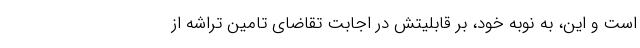
است و این، به نوبه خود، بر قابلیتش در اجابت تقاضای تامین تراشه از